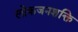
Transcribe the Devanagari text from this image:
लोकजनशक्ति